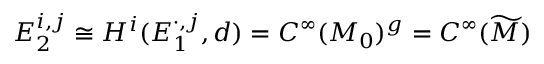
E _ { 2 } ^ { i , j } \cong H ^ { i } ( E _ { 1 } ^ { \cdot , j } , d ) = C ^ { \infty } ( M _ { 0 } ) ^ { g } = C ^ { \infty } ( { \widetilde { M } } )